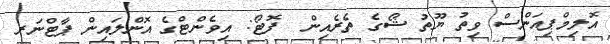
އޮލިމްޕިއަންސް ވިތު ޔޫތު ޝޯގެ ތެރެއިން  ފޮޓޯ: އިވެންޓްގެ އޮންލައިން ޕާޓްނަރ